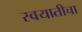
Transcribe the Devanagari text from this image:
स्वयातीचा